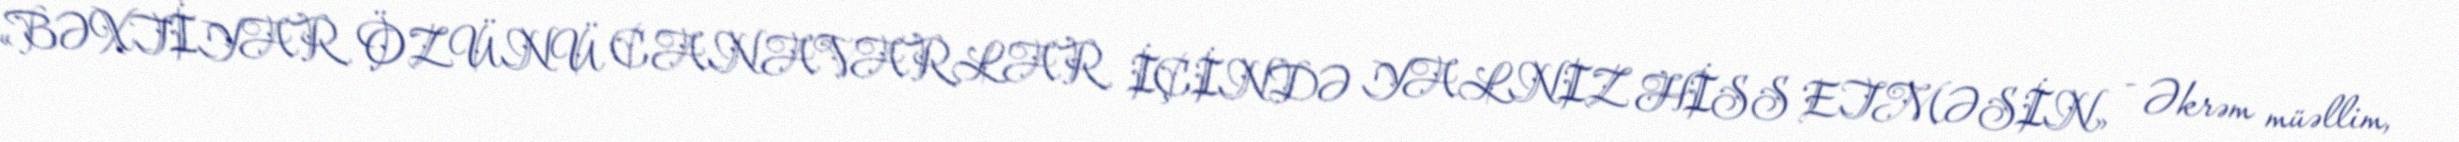
«BƏXTİYAR ÖZÜNÜ CANAVARLAR İÇİNDƏ YALNIZ HİSS ETMƏSİN» - Əkrəm müəllim,